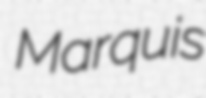
Marquis